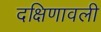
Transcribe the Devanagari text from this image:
दक्षिणावली